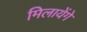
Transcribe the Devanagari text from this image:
मिलायेंगे